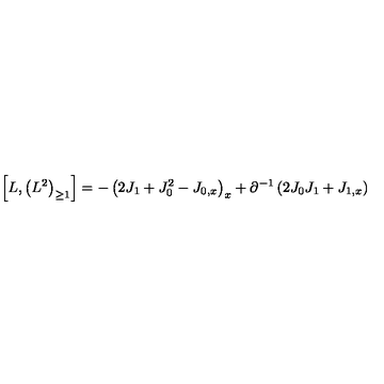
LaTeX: \left[ L , \left( L ^ { 2 } \right) _ { \geq 1 } \right] = - \left( 2 J _ { 1 } + J _ { 0 } ^ { 2 } - J _ { 0 , x } \right) _ { x } + \partial ^ { - 1 } \left( 2 J _ { 0 } J _ { 1 } + J _ { 1 , x } \right)